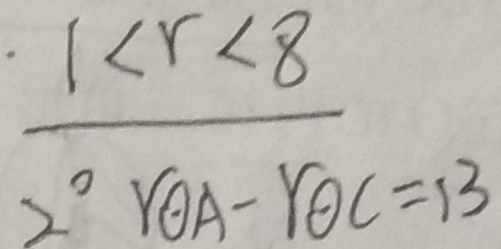
\frac { 1 < r < 8 } { 2 ^ { \circ } r o d o t A - r o d o t C = 1 3 }